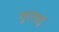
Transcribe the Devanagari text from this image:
तुरगाई